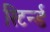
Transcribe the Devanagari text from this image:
रिटर्न्ड